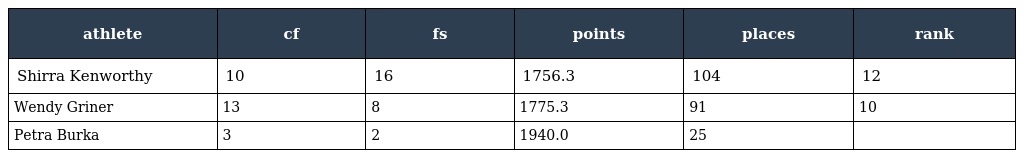
| athlete | cf | fs | points | places | rank |
 | --- | --- | --- | --- | --- | --- |
 | Shirra Kenworthy | 10 | 16 | 1756.3 | 104 | 12 |
 | Wendy Griner | 13 | 8 | 1775.3 | 91 | 10 |
 | Petra Burka | 3 | 2 | 1940.0 | 25 |  |